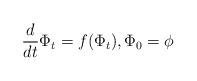
LaTeX: \begin{align*}\frac{d}{dt} \Phi_t = f(\Phi_t), \Phi_0= \phi\end{align*}